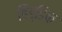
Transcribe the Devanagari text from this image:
हिड्डिंक